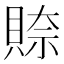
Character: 𮚎